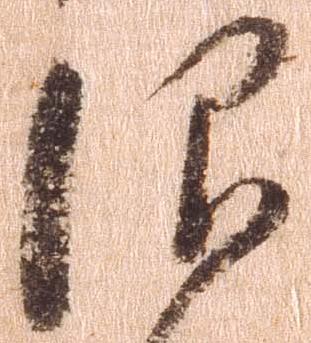
仰